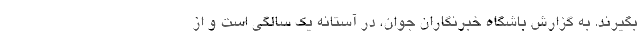
بگیرند. به گزارش باشگاه خبرنگاران جوان، در آستانه یک سالگی است و از